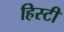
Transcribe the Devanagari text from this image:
हिस्टी